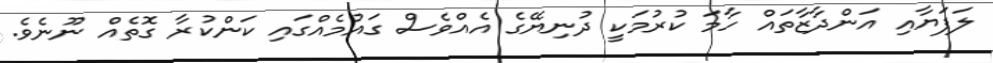
ލަފަޔާއި އަންދާޒާތައް ހާމަ ކުރުމަކީ ދުނިޔޭގެ އެއްވެސް ގައުމެއްގައި ކަންކުރާ ގޮތެއް ނޫނެވެ.